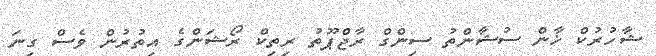
ޝާހުރުކް ޚާން ސުޝާންތު ސިންގް ރާޖްޕޫތު ރިތިކް ރޯޝަންގެ އިތުރުން ވެސް ގިނަ